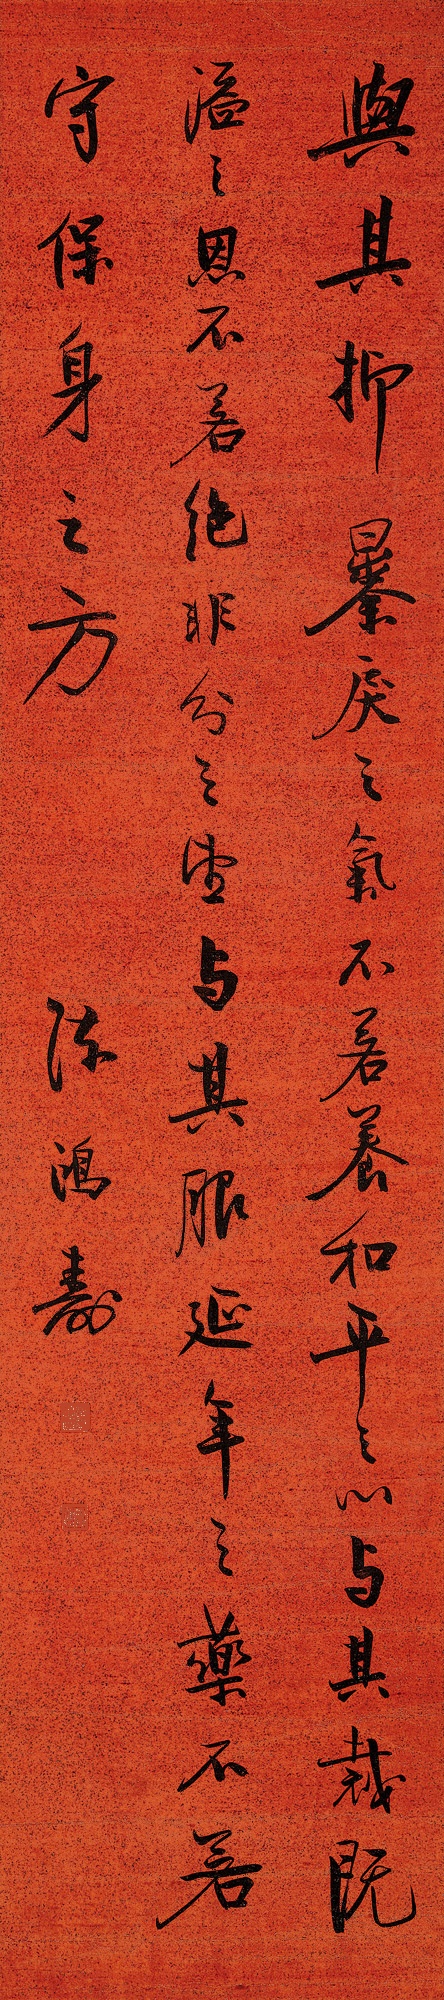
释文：与其抑暴戾之气，不若养和平之心；与其裁既溢之恩，不若绝非分之望；与其服延年之药，不若守保身之方。陈鸿寿。